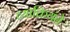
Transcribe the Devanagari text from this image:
व्याक्रियंते